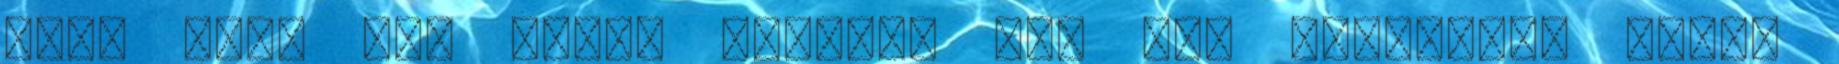
fogd meg, így tudsz célozni is, ezt meghúzod, ezzel